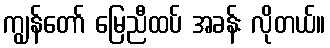
ကျွန်တော် မြေညီထပ် အခန်း လိုတယ်။